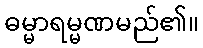
ဓမ္မာရမ္မဏမည်၏။